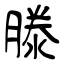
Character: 滕